Civil Veterinary Dept. Bombay admin report 1893-99 - 1893-1899
Year: 1893
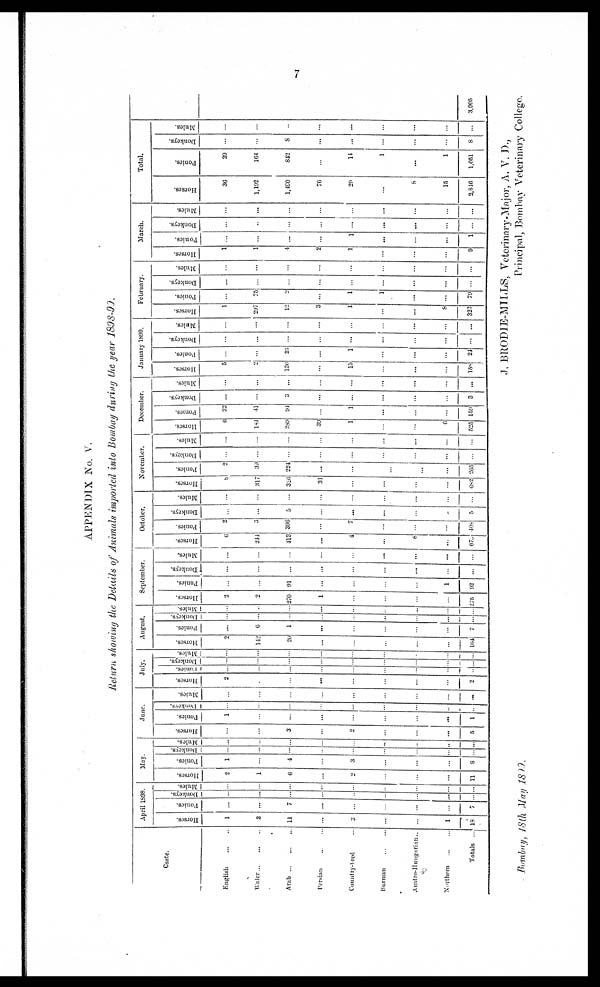
7
APPENDIX No. V.
Return showing the Details of Animals imported into Bombay during the year 1898-99.
Caste.
English ... ...
Waler ... ... ...
Arab ...
Persian ... ...
Country-bred ...
Burman ... ...
Austro-Hungarian ...
Northern ... ...
Totals ...
April 1898.
Hores.
1
2
11
...
8
...
...
1
18
Poni es .
...
...
7
...
...
...
...
...
7
Donke ys .
...
...
...
...
...
...
...
...
...
Mules.
...
...
...
...
...
...
...
...
...
May.
Horses.
2
1
6
...
2
...
...
...
11
Poni es .
1
...
4
...
3
...
...
...
8
Donke ys .
...
...
...
...
...
...
...
...
...
Mules.
...
...
...
...
...
...
...
...
...
June.
Hor s es .
...
...
8
...
2
...
...
...
5
Ponies.
1
...
...
...
...
...
...
...
1
Donkeys.
...
...
...
...
...
...
...
...
...
Mules.
...
...
...
...
...
...
...
...
...
July.
Hor s es .
2
...
...
...
...
...
...
...
...
Ponies.
...
...
...
...
...
...
...
...
...
Donke ys .
...
...
...
...
...
...
...
...
...
Mules.
...
...
...
...
...
...
...
...
...
August.
Horses.
2
143
20
...
...
...
...
...
164
Ponies.
...
6
1
...
...
...
...
...
7
Donke ys .
...
...
...
...
...
...
...
...
...
Mules.
...
...
...
...
...
...
...
...
...
September.
Hor s es .
2
2
270
1
...
...
...
...
275
Ponies.
...
...
91
...
...
...
...
1
92
Donkeys.
...
...
...
...
...
...
...
...
...
Mules.
...
...
...
...
...
...
...
...
October.
Horses.
6
244
418
...
4
...
8
...
673
Ponies.
2
8
396
...
7
...
...
...
408
Donkeys.
...
...
5
...
...
...
...
...
5
Mules.
...
...
...
...
...
...
...
...
...
November.
Horses.
8
817
320
31
...
...
...
...
682
Ponies.
...
30
224
...
...
...
...
...
265
Donkeys.
...
...
...
...
...
...
...
...
...
Mules.
...
...
...
...
...
...
...
...
...
December.
Horses.
6
184
280
30
1
...
...
6
525
Ponies.
23
41
94
...
1
...
...
...
150
Donkeys.
...
...
3
...
...
...
...
...
3
Mules.
...
...
...
...
...
...
...
...
January 1899.
Horses.
5
2
136
...
15
...
...
...
158
Ponies.
...
...
23
...
1
...
...
...
24
Donkeys.
...
...
...
...
...
...
...
...
...
Mules.
...
...
...
...
...
...
...
...
...
February.
Horses.
1
207
12
3
1
...
...
8
322
Ponies.
...
75
2
...
1
1
...
...
79
Donkeys.
...
...
...
...
...
...
...
...
...
Mules.
...
...
...
...
...
...
...
...
...
March.
Horses.
1
1
4
2
1
...
...
...
...
Ponies.
...
...
...
...
1
...
...
...
1
Donkeys.
...
...
...
...
...
...
...
...
...
Mules.
...
...
...
...
...
...
...
...
...
Total.
Horses.
36
1,192
1,490
76
29
...
8
15
2,846
Ponies.
20
164
842
...
14
1
...
1
1,051
Donkeys.
...
...
8
...
...
...
...
...
8
Mules.
...
...
...
...
...
...
...
...
...
3,905
Bombay, 18th May 1899.
J. BRODIE-MILLS, Veterinary-Major, A. V. D.,
Principal, Bombay Veterinary College.